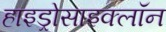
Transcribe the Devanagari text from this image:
हाइड्रोसाइक्लॉन